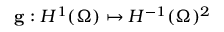
\mathbf { g } : H ^ { 1 } ( \Omega ) \mapsto H ^ { - 1 } ( \Omega ) ^ { 2 }